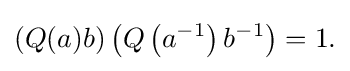
\displaystyle {(Q(a)b)\left(Q\left(a^{-1}\right)b^{-1}\right)=1.}